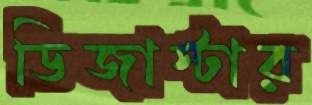
ডিজাস্টার